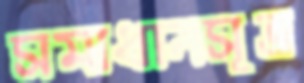
সমাধানসূত্র